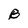
Character: B